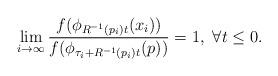
LaTeX: \begin{align*}\lim_{i\rightarrow\infty}\frac{f(\phi_{R^{-1}(p_{i})t}(x_i))}{f(\phi_{\tau_{i}+R^{-1}(p_{i})t}(p))}=1,~\forall t\le 0.\end{align*}